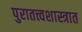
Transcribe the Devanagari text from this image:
पुरातत्त्वशास्त्रात